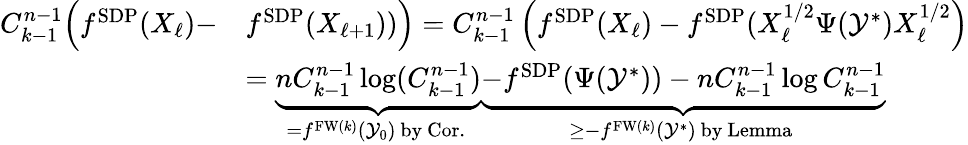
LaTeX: \begin{array}{rl}{{C_{k-1}^{n-1}}\Big(f^{\mathrm{SDP}}(X_{\ell})-}&{f^{\mathrm{SDP}}(X_{\ell+1}))\Big)={C_{k-1}^{n-1}}\left(f^{\mathrm{SDP}}(X_{\ell})-f^{\mathrm{SDP}}(X_{\ell}^{1/2}\Psi(\mathcal{Y}^{\ast})X_{\ell}^{1/2}\right)}\\ &{=\underbrace{n{C_{k-1}^{n-1}}\log({C_{k-1}^{n-1}})}_{=f^{\mathrm{FW}(k)}(\mathcal{Y}_{0})\mathrm{~by~Cor.~}}\underbrace{-f^{\mathrm{SDP}}(\Psi(\mathcal{Y}^{\ast}))-n{C_{k-1}^{n-1}}\log{C_{k-1}^{n-1}}}_{\ge-f^{\mathrm{FW}(k)}(\mathcal{Y}^{\ast})\mathrm{~by~Lemma~}}}\end{array}